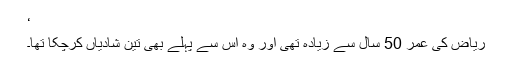
‘
ریاض کی عمر 50 سال سے زیادہ تھی اور وہ اس سے پہلے بھی تین شادیاں کرچکا تھا۔